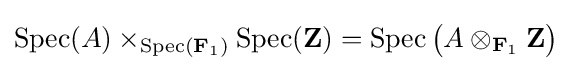
\operatorname {Spec} (A)\times _{\operatorname {Spec} (\mathbf {F} _{1})}\operatorname {Spec} (\mathbf {Z} )=\operatorname {Spec} {\big (}A\otimes _{\mathbf {F} _{1}}\mathbf {Z} {\big )}